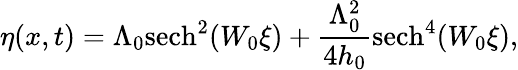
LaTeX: \eta(x,t)=\Lambda_{0}\mathrm{sech}^{2}(W_{0}\xi)+\frac{\Lambda_{0}^{2}}{4h_{0}}\mathrm{sech}^{4}(W_{0}\xi),